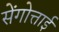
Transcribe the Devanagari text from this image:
सेंगोत्ताई